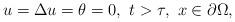
LaTeX: \begin{align*}u=\Delta u=\theta=0,\ t>\tau,\ x\in\partial\Omega,\end{align*}